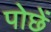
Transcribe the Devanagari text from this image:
पोछें